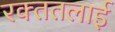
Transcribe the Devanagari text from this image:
रक्‍ततलाई